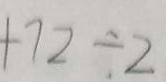
1 0 0 + 7 2 \div 2